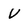
Character: V